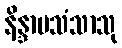
နိန္ဒာပသံသာသု